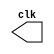
 // -------------------------
// Exemplo0041  CLOCK
// Nome: Felipe Ferreira Andrade do Carmo	
// -------------------------

// --------------------------- 
// -- test clock generator (1) 
// --------------------------- 
 
module clock ( clk ); 
 output clk; 
 reg      clk; 
 
 initial 
  begin 
   clk = 1'b0; 
  end 
 
 always 
  begin 
   #12 clk = ~clk;
  end 
 
endmodule // clock ( ) 

module Exemplo0041; 
 
 wire  clk; 
 clock CLK1 ( clk ); 
 
 initial begin 
  $dumpfile ( "Exemplo041.vcd" ); 
  $dumpvars;

  #120 $finish; 
 end 
 
endmodule // Exemplo041 ( )